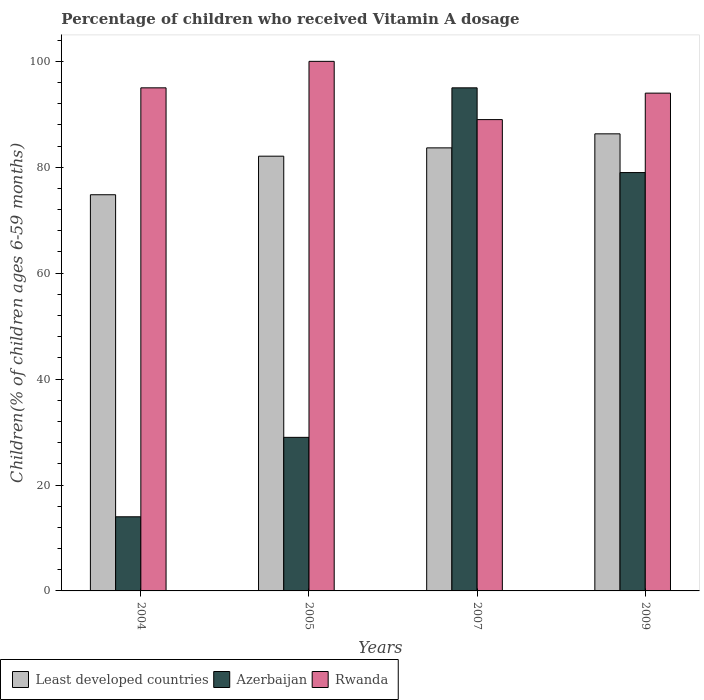
| Years | Least developed countries | Azerbaijan | Rwanda |
 | --- | --- | --- | --- |
 | 2004 | 74.8 | 14 | 95 |
 | 2005 | 82.1 | 29 | 100 |
 | 2007 | 83.7 | 95 | 89 |
 | 2009 | 86.3 | 79 | 94 |